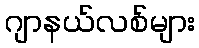
ဂျာနယ်လစ်များ